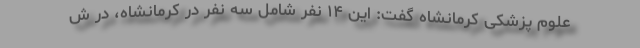
علوم پزشکی کرمانشاه گفت: این ۱۴ نفر شامل سه نفر در کرمانشاه، در ش